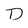
Character: D